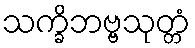
သက္ခိဘဗ္ဗသုတ္တံ